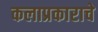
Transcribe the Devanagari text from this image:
कलाप्रकाराचे